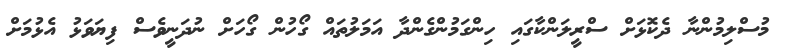
މުސްލިމުންނާ ދެކޮޅަށް ސްރީލަންކާގައި ހިންގަމުންގެންދާ އަމަލުތައް ގޯހުން ގޯހަށް ނުދަނީވެސް ފިޔަވަޅު އެޅުމަށް